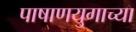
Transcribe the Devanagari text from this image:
पाषाणयुगाच्या